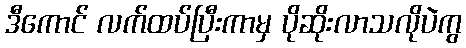
ဒီကောင် လက်ထပ်ပြီးကာမှ ပိုဆိုးလာသလိုပဲကွ